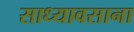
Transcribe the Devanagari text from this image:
साध्यावसाना